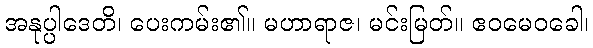
အနုပ္ပါဒေတိ၊ ပေးကမ်း၏။ မဟာရာဇ၊ မင်းမြတ်။ ဧဝမေဝခေါ၊